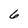
Character: 6